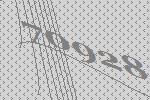
70928